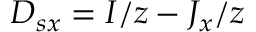
D _ { s x } = I / z - J _ { x } / z